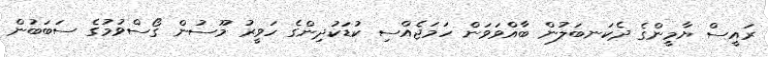
ރައީސް ޔާމީންގެ ދެކަނބަލުން ބާއްވަވަން ހަމަޖެއްސި ކުޑަކުދިންގެ ހަވީރު މޫސުން ގޯސްވުމުގެ ސަބަބުން